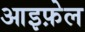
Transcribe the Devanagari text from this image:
आइफ़ेल